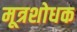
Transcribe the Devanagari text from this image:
मूत्रशोधक